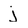
Character: j